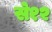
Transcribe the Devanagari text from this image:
से१२